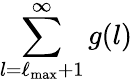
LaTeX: \sum_{l=\ell_{\mathrm{max}}+1}^{\infty}g(l)